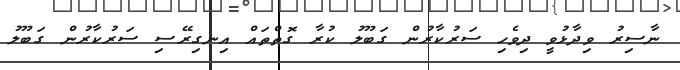
ނާސިރު ވިދާޅުވީ ދިވެހި ސަރުކާރުން ގަބޫލު ކުރާ ގޮތްތައް އިނގިރޭސި ސަރުކާރުން ގަބޫލު